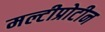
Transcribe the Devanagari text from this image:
मल्टीप्रोटीन